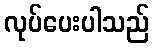
လုပ်ပေးပါသည်